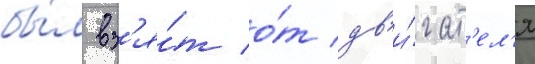
бы́л вз'я́т о́т дв'и́гат'ел'я